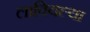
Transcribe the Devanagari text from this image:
लावियल्या